Subject: physics
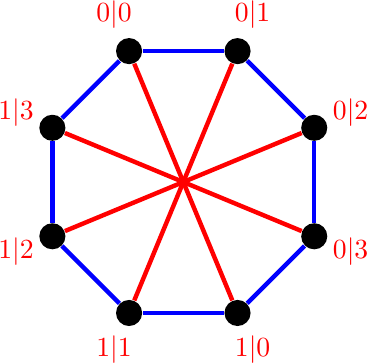
LaTeX code:
    \begin{tikzpicture}
        \foreach \i/\lbl in
        {1/0|0,2/0|1,3/0|2,4/0|3,5/1|0,6/1|1,7/1|2,8/1|3}
            { \node [circle,fill=black] (\i) at ({-360/8 * (\i + 4.5)}:1.8) {};
              \node [] at ({-360/8 * (\i + 4.5)}:2.3) {\textcolor{red}{$\lbl$}};
            };
        \foreach \a/\b in {1/2,2/3,3/4,4/5,5/6,6/7,7/8,8/1}
            {
            \path (\a) edge [color=blue, ultra thick] (\b);
            };
        \foreach \a/\b in {1/5,2/6,3/7,4/8}
            {
            \path (\a) edge [color=red, ultra thick] (\b);
            };
        \end{tikzpicture}